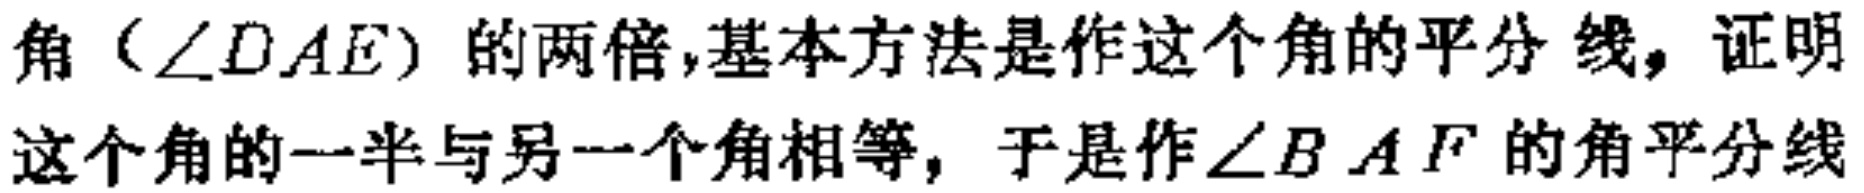
角（\(\angle DAE\)）的两倍,基本方法是作这个角的平分线，证明这个角的一半与另一个角相等，于是作\(\angle BAF\)的角平分线